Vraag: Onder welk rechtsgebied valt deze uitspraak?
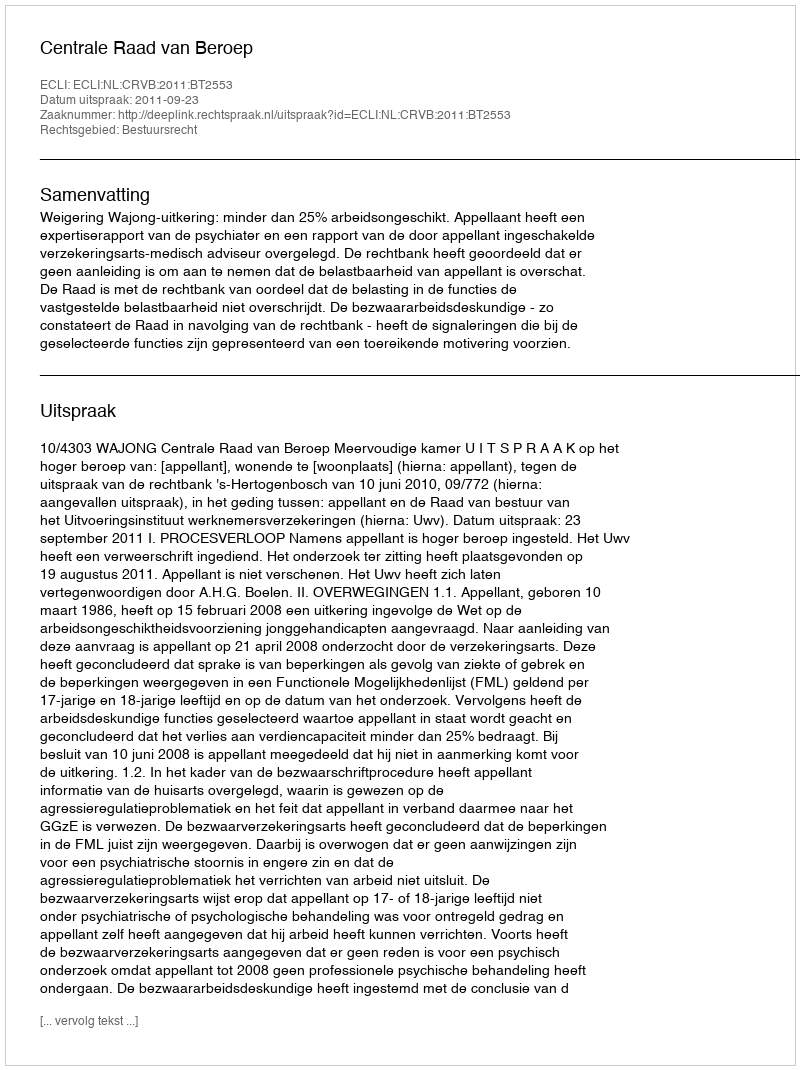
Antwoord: Bestuursrecht